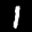
Label: 1